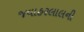
જવાહરલાલની